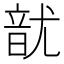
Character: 𮸲